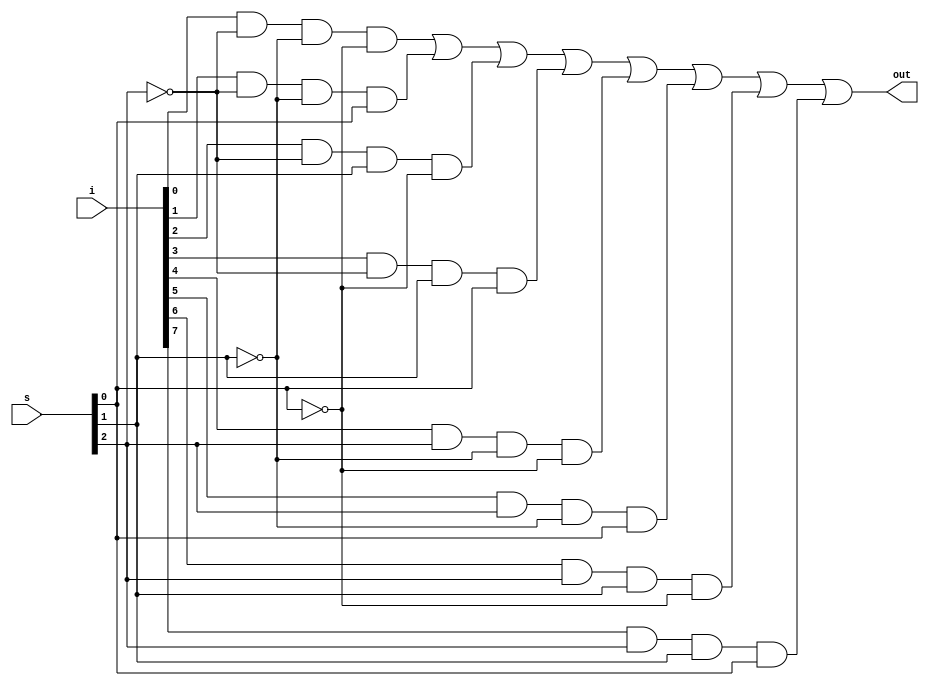

module mux8to1 (out,i,s);
input [7:0]i;
input [2:0]s;
output out;

wire s0b,s1b,s2b;
wire y0,y1,y2,y3,y4,y5,y6,y7;

not(s0b,s[0]);
not(s1b,s[1]);
not(s2b,s[2]);

and(y0,i[0],s2b,s1b,s0b);
and(y1,i[1],s2b,s1b,s[0]);
and(y2,i[2],s2b,s[1],s0b);
and(y3,i[3],s2b,s[1],s[0]);
and(y4,i[4],s[2],s1b,s0b);
and(y5,i[5],s[2],s1b,s[0]);
and(y6,i[6],s[2],s[1],s0b);
and(y7,i[7],s[2],s[1],s[0]);
or(out,y0,y1,y2,y3,y4,y5,y6,y7);

endmodule

module mux8to1test;
reg [7:0]i;
reg [2:0]s;
wire out;
mux8to1 m81(out,i,s);
initial
begin

i=8'b 01010101;

     s[2]=0; s[1]=0; s[0]=0;
#100 s[2]=0; s[1]=0; s[0]=1;
#100 s[2]=0; s[1]=1; s[0]=0;
#100 s[2]=0; s[1]=1; s[0]=1;
#100 s[2]=1; s[1]=0; s[0]=0;
#100 s[2]=1; s[1]=0; s[0]=1;
#100 s[2]=1; s[1]=1; s[0]=0;
#100 s[2]=1; s[1]=1; s[0]=1;

end
endmodule